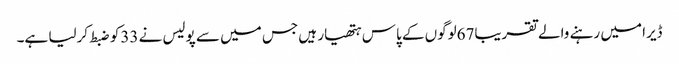
ڈیرا میں رہنے والے تقریبا67لوگوں کے پاس ہتھیار ہیں جس میں سے پولیس نے 33کو ضبط کرلیا ہے۔